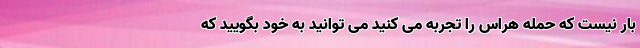
بار نیست که حمله هراس را تجربه می کنید می توانید به خود بگویید که